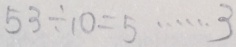
5 3 \div 1 0 = 5 \cdots 3